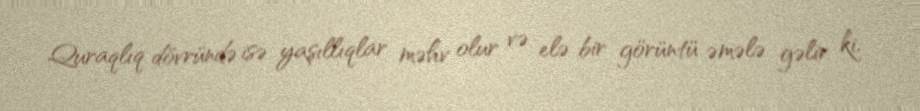
Quraqlıq dövründə isə yaşıllıqlar məhv olur və elə bir görüntü əmələ gəlir ki,